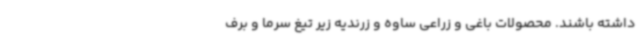
داشته باشند. محصولات باغی و زراعی ساوه و زرندیه زیر تیغ سرما و برف